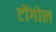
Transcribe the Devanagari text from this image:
टोंगोल